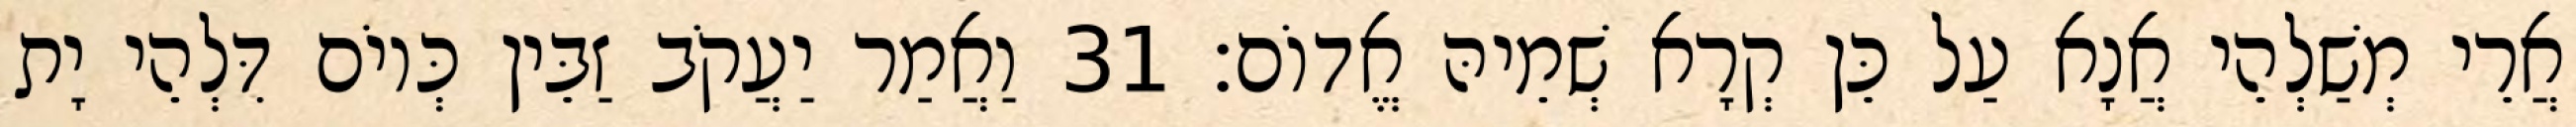
אֲרֵי מְשַׁלְהֵי אֲנָא עַל כֵּן קְרָא שְׁמֵיהּ אֱדוֹם׃ 31 וַאֲמַר יַעֲקֹב זַבֵּין כְּיוֹם דִּלְהֵי יָת